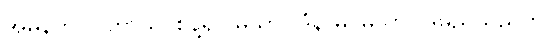
အမှန်ကို။ ပဟာယ၊ စွန့်၍။ မုသာဝါဒံနာမ၊ မုသာဝါဒမည်သည်ကို။